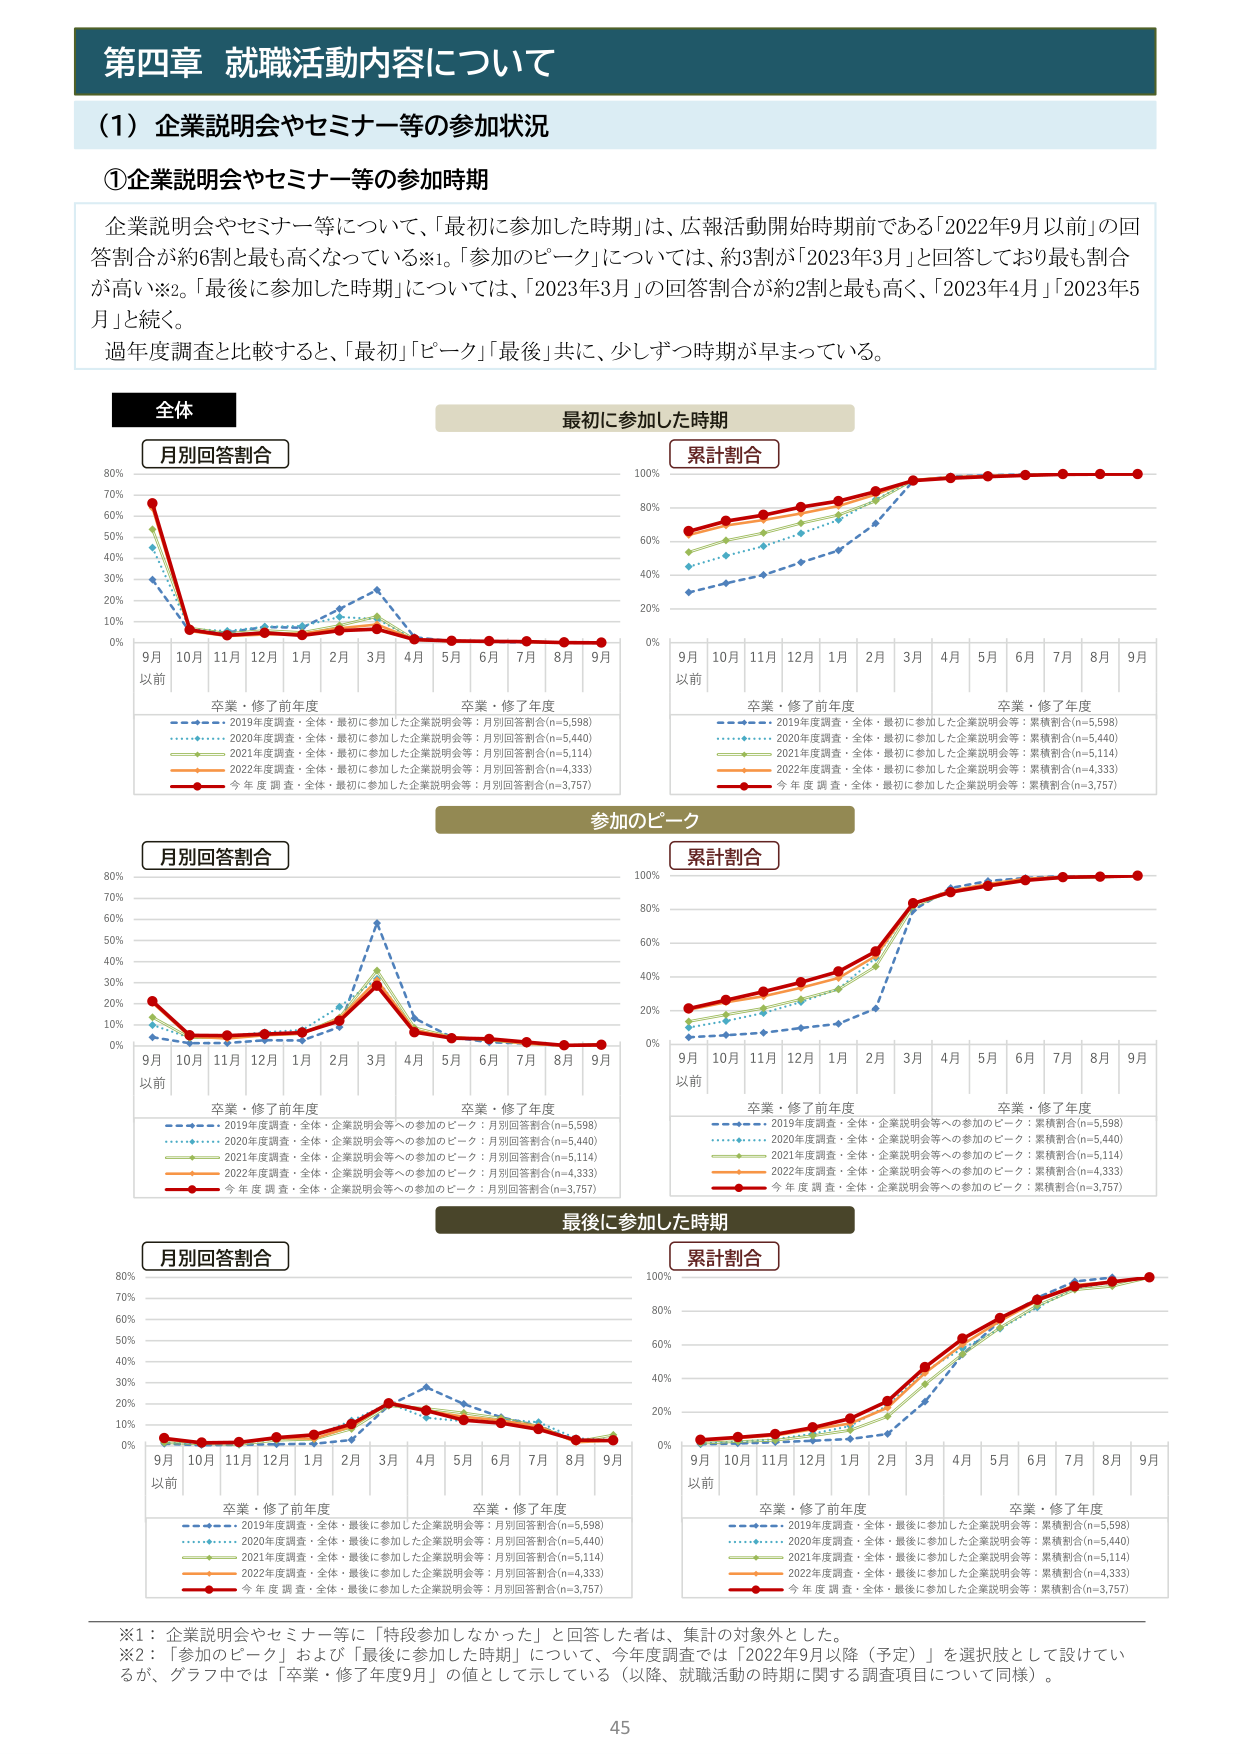
第四章 就職活動内容について

（1）企業説明会やセミナー等の参加状況

①企業説明会やセミナー等の参加時期

企業説明会やセミナー等について、「最初に参加した時期」は、広報活動開始時期前である「2022年9月以前」の回答割合が約6割と最も高くなっている※1。「参加のピーク」については、約3割が「2023年3月」と回答しており最も割合が高い※2。「最後に参加した時期」については、「2023年3月」の回答割合が約2割と最も高く、「2023年4月」「2023年5月」と続く。

過年度調査と比較すると、「最初」「ピーク」「最後」共に、少しずつ時期が早まっている。

全体

最初に参加した時期

月別回答割合

累計割合

9月
以前

10月 11月 12月 1月 2月 3月 4月 5月 6月 7月 8月 9月

卒業・修了前年度

卒業・修了年度

2019年度調査・全体・最初に参加した企業説明会等：月別回答割合(n=5,598)

2020年度調査・全体・最初に参加した企業説明会等：月別回答割合(n=5,440)

2021年度調査・全体・最初に参加した企業説明会等：月別回答割合(n=5,114)

2022年度調査・全体・最初に参加した企業説明会等：月別回答割合(n=4,333)

今年度調査・全体・最初に参加した企業説明会等：月別回答割合(n=3,757)

9月
以前

10月 11月 12月 1月 2月 3月 4月 5月 6月 7月 8月 9月

卒業・修了前年度

卒業・修了年度

2019年度調査・全体・最初に参加した企業説明会等：累積割合(n=5,598)

2020年度調査・全体・最初に参加した企業説明会等：累積割合(n=5,440)

2021年度調査・全体・最初に参加した企業説明会等：累積割合(n=5,114)

2022年度調査・全体・最初に参加した企業説明会等：累積割合(n=4,333)

今年度調査・全体・最初に参加した企業説明会等：累積割合(n=3,757)

参加のピーク

月別回答割合

累計割合

9月
以前

10月 11月 12月 1月 2月 3月 4月 5月 6月 7月 8月 9月

卒業・修了前年度

卒業・修了年度

2019年度調査・全体・企業説明会等への参加のピーク：月別回答割合(n=5,598)

2020年度調査・全体・企業説明会等への参加のピーク：月別回答割合(n=5,440)

2021年度調査・全体・企業説明会等への参加のピーク：月別回答割合(n=5,114)

2022年度調査・全体・企業説明会等への参加のピーク：月別回答割合(n=4,333)

今年度調査・全体・企業説明会等への参加のピーク：月別回答割合(n=3,757)

9月
以前

10月 11月 12月 1月 2月 3月 4月 5月 6月 7月 8月 9月

卒業・修了前年度

卒業・修了年度

2019年度調査・全体・企業説明会等への参加のピーク：累積割合(n=5,598)

2020年度調査・全体・企業説明会等への参加のピーク：累積割合(n=5,440)

2021年度調査・全体・企業説明会等への参加のピーク：累積割合(n=5,114)

2022年度調査・全体・企業説明会等への参加のピーク：累積割合(n=4,333)

今年度調査・全体・企業説明会等への参加のピーク：累積割合(n=3,757)

最後に参加した時期

月別回答割合

累計割合

9月
以前

10月 11月 12月 1月 2月 3月 4月 5月 6月 7月 8月 9月

卒業・修了前年度

卒業・修了年度

2019年度調査・全体・最後に参加した企業説明会等：月別回答割合(n=5,598)

2020年度調査・全体・最後に参加した企業説明会等：月別回答割合(n=5,440)

2021年度調査・全体・最後に参加した企業説明会等：月別回答割合(n=5,114)

2022年度調査・全体・最後に参加した企業説明会等：月別回答割合(n=4,333)

今年度調査・全体・最後に参加した企業説明会等：月別回答割合(n=3,757)

9月
以前

10月 11月 12月 1月 2月 3月 4月 5月 6月 7月 8月 9月

卒業・修了前年度

卒業・修了年度

2019年度調査・全体・最後に参加した企業説明会等：累積割合(n=5,598)

2020年度調査・全体・最後に参加した企業説明会等：累積割合(n=5,440)

2021年度調査・全体・最後に参加した企業説明会等：累積割合(n=5,114)

2022年度調査・全体・最後に参加した企業説明会等：累積割合(n=4,333)

今年度調査・全体・最後に参加した企業説明会等：累積割合(n=3,757)

※1：企業説明会やセミナー等に「特段参加しなかった」と回答した者は、集計の対象外とした。

※2：「参加のピーク」および「最後に参加した時期」について、今年度調査では「2022年9月以降（予定）」を選択肢として設けているが、グラフ中では「卒業・修了年度9月」の値として示している（以降、就職活動の時期に関する調査項目について同様）。

45